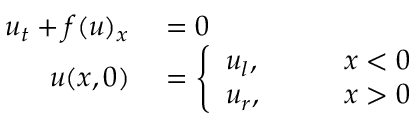
\begin{array} { r l } { u _ { t } + f ( u ) _ { x } } & { { } = 0 } \\ { u ( x , 0 ) } & { { } = \left\{ \begin{array} { l l l } { u _ { l } , } & { \quad } & { x < 0 } \\ { u _ { r } , } & { } & { x > 0 } \end{array} \right. } \end{array}